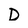
Character: D